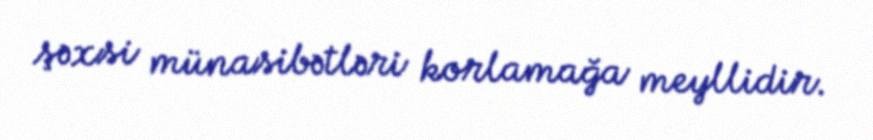
şəxsi münasibətləri korlamağa meyllidir.